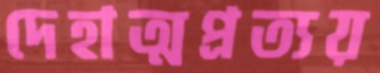
দেহাত্মপ্রত্যয়